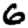
Digit: 6